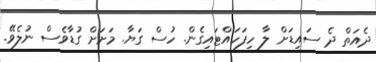
ދެއަތް ދެ ސައިޑަށް ލާ ހިފަހައްޓައިގެން. ހުސް ގަޔާ. މަށަށް ގުޑާވެސް ނުލެވޭ.